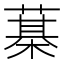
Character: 𦻆